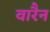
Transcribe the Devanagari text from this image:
वारैन